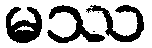
မဿ